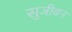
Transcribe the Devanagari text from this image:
सुजीवन